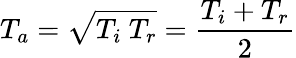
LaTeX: T_{a}=\sqrt{T_{i}\ T_{r}}=\frac{T_{i}+T_{r}}{2}